Vaccination report Assam 1874-1896 - 1874-1896
Year: 1874
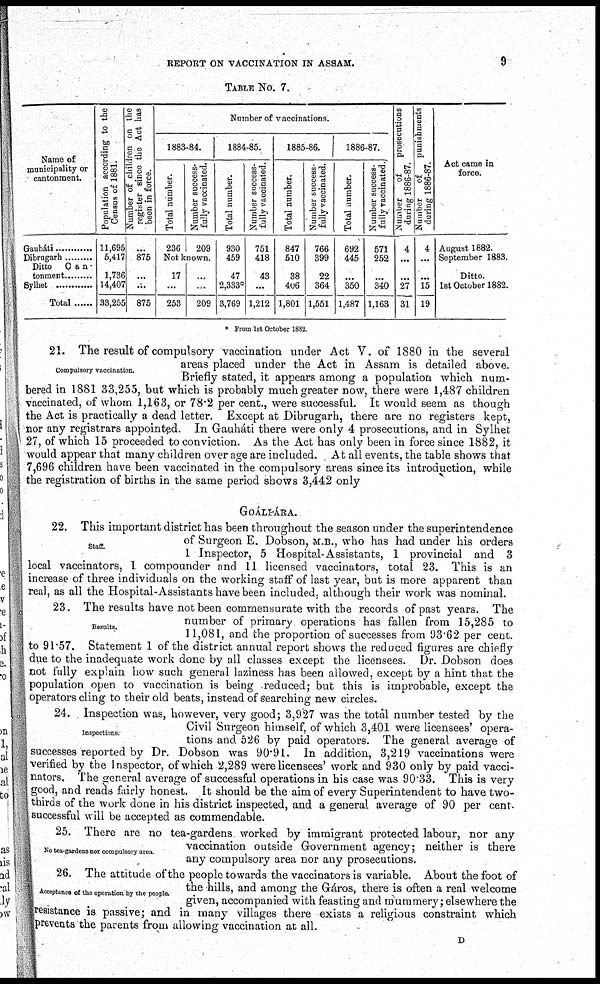
REPORT ON VACCINATION IN ASSAM.
9
TABLE No. 7.
Name of
municipality or
cantonment.
Gauháti ............
Dibrugarh .........
Ditto Can-
tonment .........
Sylhet ............
Total ......
Population according to the
Census of 1881.
11,695
5,417
1,736
14,407
33,255
Number of children on the
register since the Act has
been in force.
...
875
...
...
875
Number of vaccinations.
1883-84.
Total number.
236
Number success-
fully vaccinated.
209
Not known.
17
...
253
...
...
209
1884-85.
Total number.
930
459
47
2,333*
3,769
Number success-
fully vaccinated.
751
418
43
...
1,212
1885-86.
Total number.
847
510
38
406
1,801
Number success-
fully vaccinated.
766
399
22
364
1,551
1886-87.
Total number.
692
445
...
350
1,487
Number success-
fully vaccinated.
571
252
...
340
1,163
Number
of
prosecutions
during 1886-87.
4
...
...
27
31
Number
of
punishments
during 1886-87.
4
...
...
15
19
Act came in
force.
August 1882.
September 1883.
Ditto.
1st October 1882.
* From 1st October 1882.
Compulsory vaccination.
21. The result of compulsory vaccination under Act V. of 1880 in the several
areas placed under the Act in Assam is detailed above.
Briefly stated, it appears among a population which num-
bered in 1881 33,255, but which is probably much greater now, there were 1,487 children
vaccinated, of whom 1,163, or 78.2 per cent., were successful. It would seem as though
the Act is practically a dead letter. Except at Dibrugarh, there are no registers kept,
nor any registrars appointed. In Gauháti there were only 4 prosecutions, and in Sylhet
27, of which 15 proceeded to conviction. As the Act has only been in force since 1882, it
would appear that many children over age are included. At all events, the table shows that
7,696 children have been vaccinated in the compulsory areas since its introduction, while
the registration of births in the same period shows 3,442 only
GOÁLPÁRA.
Staff.
22. This important district has been throughout the season under the superintendence
of Surgeon E. Dobson, M.B., who has had under his orders
1 Inspector, 5 Hospital-Assistants, 1 provincial and 3
local vaccinators, 1 compounder and 11 licensed vaccinators, total 23. This is an
increase of three individuals on the working staff of last year, but is more apparent than
real, as all the Hospital-Assistants have been included, although their work was nominal.
Results.
23. The results have not been commensurate with the records of past years. The
number of primary operations has fallen from 15,285 to
11,081, and the proportion of successes from 93.62 per cent.
to 91.57. Statement 1 of the district annual report shows the reduced figures are chiefly
due to the inadequate work done by all classes except the licensees. Dr. Dobson does
not fully explain how such general laziness has been allowed, except by a hint that the
population open to vaccination is being reduced; but this is improbable, except the
operators cling to their old beats, instead of searching new circles.
Inspections
24. Inspection was, however, very good; 3,927 was the total number tested by the
Civil Surgeon himself, of which 3,401 were licensees' opera-
tions and 526 by paid operators. The general average of
successes reported by Dr. Dobson was 90.91. In addition, 3,219 vaccinations were
verified by the Inspector, of which 2,289 were licensees' work and 930 only by paid vacci-
nators. The general average of successful operations in his case was 90.33. This is very
good, and reads fairly honest. It should be the aim of every Superintendent to have two-
thirds of the work done in his district inspected, and a general average of 90 per cent.
successful will be accepted as commendable.
No tea-gardens nor compulsory area
25. There are no tea-gardens. worked by immigrant protected labour, nor any
vaccination outside Government agency; neither is there
any compulsory area nor any prosecutions.
Acceptance of the operation by the people.
26. The attitude of the people towards the vaccinators is variable. About the foot of
the hills, and among the Gáros, there is often a real welcome
given, accompanied with feasting and mummery; elsewhere the
resistance is passive; and in many villages there exists a religious constraint which
prevents the parents from allowing vaccination at all.
D